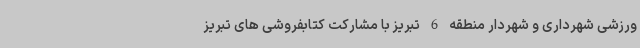
ورزشی شهرداری و شهردار منطقه 6 تبریز با مشارکت کتابفروشی های تبریز